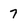
Character: 7